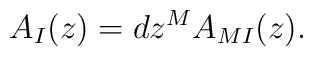
A_I(z) = dz^M A_{MI}(z).